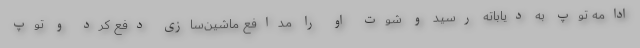
ادامه توپ به دیاباته رسید و شوت او را مدافع ماشین‌سازی دفع کرد و توپ